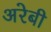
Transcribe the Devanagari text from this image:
अरेबी